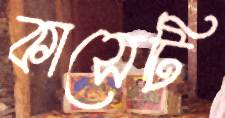
কাসেটি